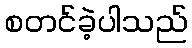
စတင်ခဲ့ပါသည်